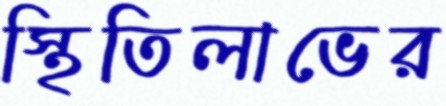
স্থিতিলাভের